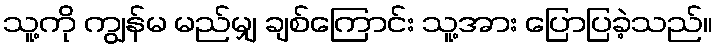
သူ့ကို ကျွန်မ မည်မျှ ချစ်ကြောင်း သူ့အား ပြောပြခဲ့သည်။